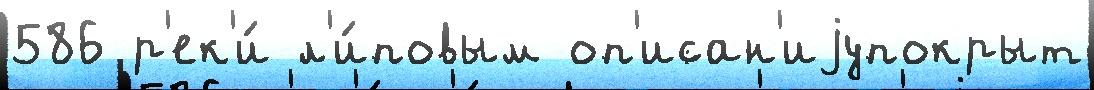
586 р'ек'и́ л'и́повым оп'исан'иjупокрыт